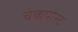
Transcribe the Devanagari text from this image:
चेकपोस्‍ट